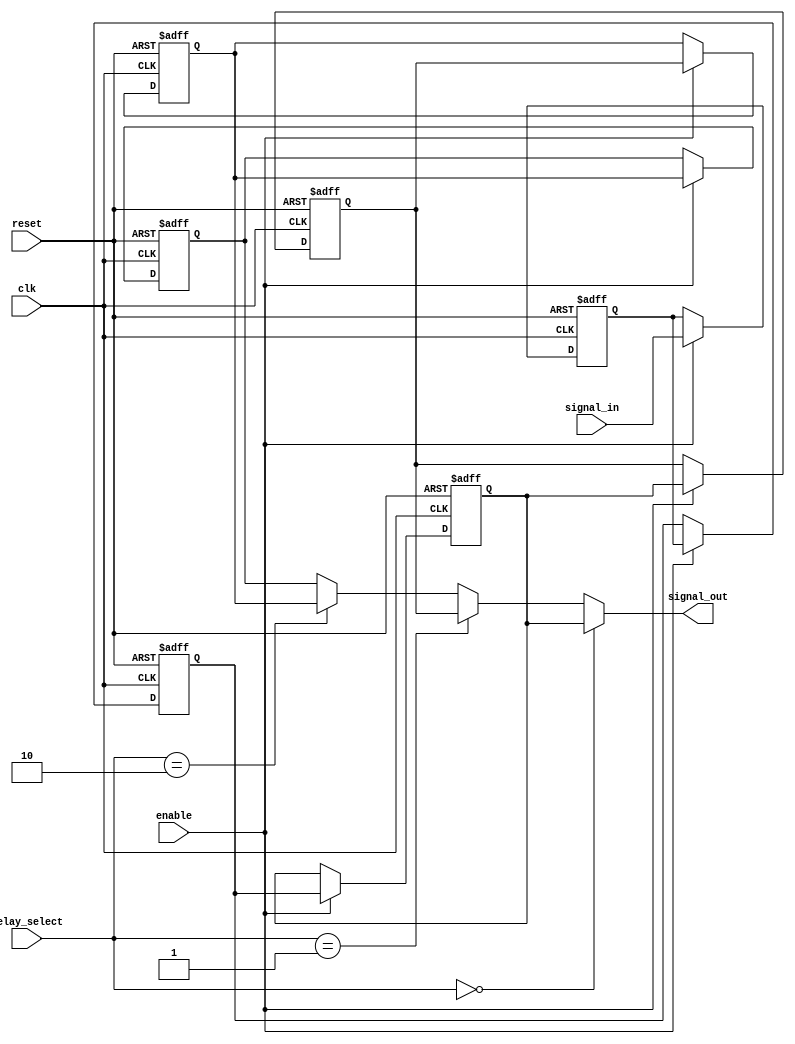
module delay (
delay_select,
signal_in,
signal_out,
clk,
reset,
enable
);

input clk;
input reset;
input signal_in;
input enable;
input [1:0] delay_select;

output signal_out;

reg [5:0]delay_register;

always @ (posedge clk or posedge reset)
 begin
	 if(reset)
		 delay_register[5] <= 1'b0; 
	 else
		if (enable)
			delay_register[5] <= delay_register[4];
end

always @ (posedge clk or posedge reset)
 begin
	 if(reset)
		 delay_register[4] <= 1'b0; 
	 else
		if (enable)
			delay_register[4] <= delay_register[3];
end


always @ (posedge clk or posedge reset)
 begin
	 if(reset)
		 delay_register[3] <= 1'b0; 
	 else
		if (enable)
			delay_register[3] <= delay_register[2];
end

 always @ (posedge clk or posedge reset)
 begin
	 if(reset)
		 delay_register[2] <= 1'b0; 
	 else
		if (enable)
			delay_register[2] <= delay_register[1];
end

 always @ (posedge clk or posedge reset)
 begin
	 if(reset)
		 delay_register[1] <= 1'b0; 
	 else
		if (enable)
			delay_register[1] <= delay_register[0];
end

 always @ (posedge clk or posedge reset)
 begin
	 if(reset)
		 delay_register[0] <= 1'b0; 
	 else
		if (enable)
			delay_register[0] <= signal_in;
end


assign signal_out = (delay_select[1:0] == 2'b00)?  delay_register[2] : ((delay_select[1:0]==2'b01) ? delay_register[3] : ((delay_select[1:0] == 2'b10)? delay_register[4] : delay_register[5] ));
	
endmodule